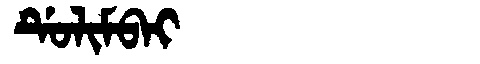
Manchu: ᡩᡠᠯᡳᠮᠪᠠᡳ
Romanization: DULIMBAI